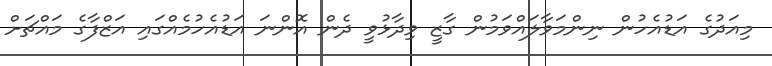
މިއަދުގެ އަޑުއެހުން ނިންމަވާލައްވަމުން ގާޒީ ވިދާޅުވީ ދެން އޮންނަ އަޑުއެހުމެއްގައި އަޒްފާގެ މައްޗަށް